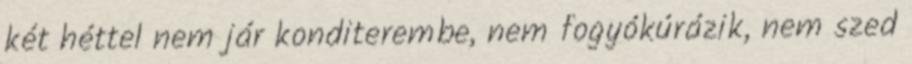
két héttel nem jár konditerembe, nem fogyókúrázik, nem szed